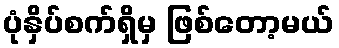
ပုံနှိပ်စက်ရှိမှ ဖြစ်တော့မယ်